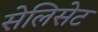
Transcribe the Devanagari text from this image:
सेलिसेट